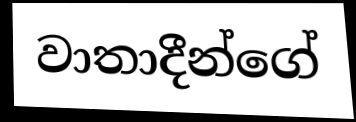
වාතාදීන්ගේ